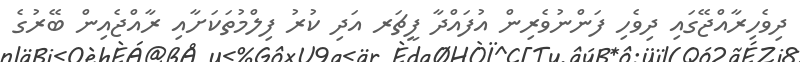
ދިވެހިރާއްޖޭގައި ދިވެހި ފަންނުވެރިން އުފައްދާ ފީޗަރ އަދި ކުރު ފިލްމުތަކަށާއި ރާއްޖެއިން ބޭރުގެ